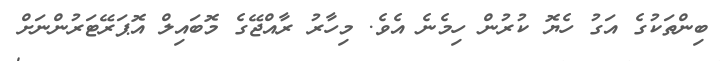
ބިންތަކުގެ އަގު ހެޔޮ ކުރުން ހިމެނެ އެވެ. މިހާރު ރާއްޖޭގެ މޮބައިލް އޮޕަރޭޓަރުންނަށް